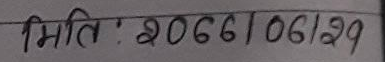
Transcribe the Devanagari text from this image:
मिति: 2066/06/29